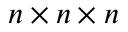
n \times n \times n